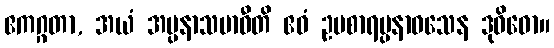
ဧကဂ္ဂတာ, အယံ အပ္ပနာသမာဓီတိ ဧဝံ ဥပစာရပ္ပနာဝသေန ဒုဝိဓော။